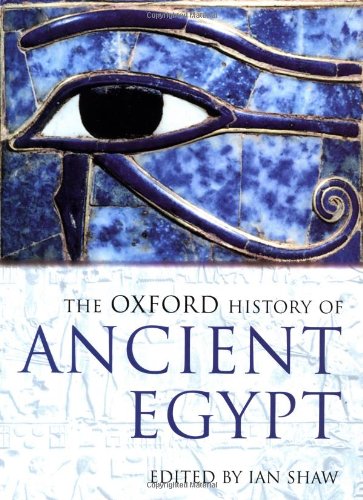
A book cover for The Oxford History of Ancient Egypt (Oxford Illustrated Histories); History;